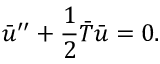
\bar { u } ^ { \prime \prime } + { \frac { 1 } { 2 } } \bar { T } \bar { u } = 0 .